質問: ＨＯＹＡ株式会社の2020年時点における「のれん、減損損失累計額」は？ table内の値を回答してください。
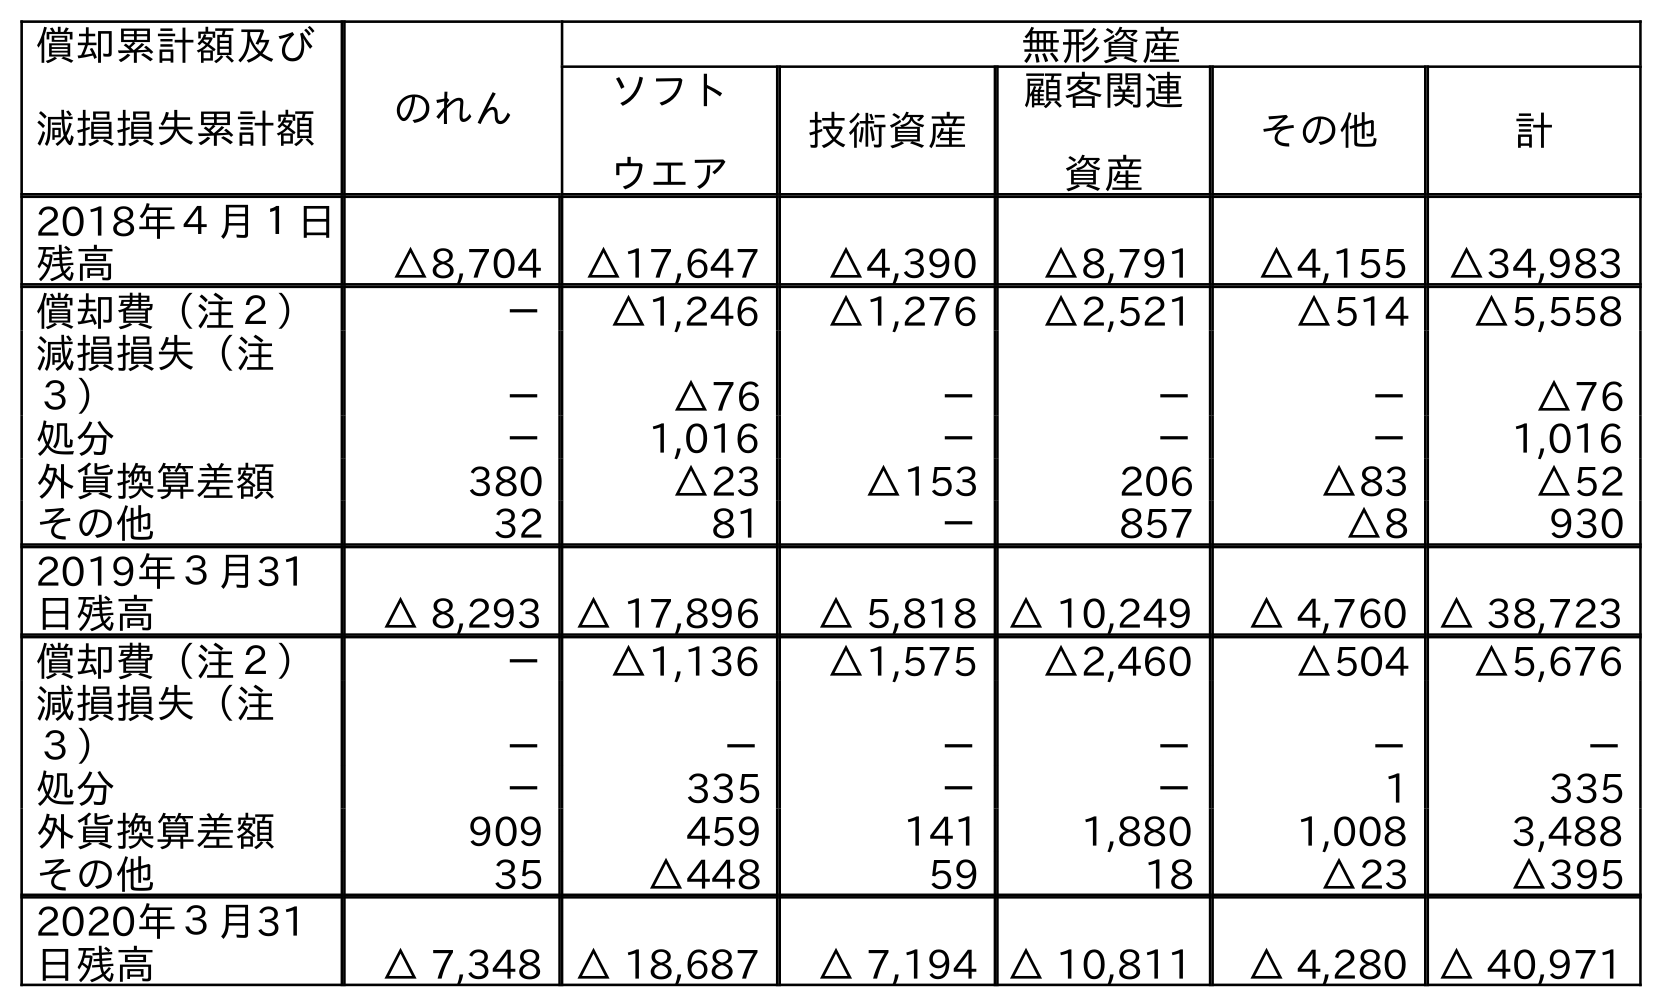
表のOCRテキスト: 償却累計額及び 減損損失累計額 のれん 無形資産 ソフト ウエア 技術資産 顧客関連 資産 その他 計 2018年４月１日 残高 △8,704 △17,647 △4,390 △8,791 △4,155 △34,983 償却費（注２） － △1,246 △1,276 △2,521 △514 △5,558 減損損失（注 ３） － △76 － － － △76 処分 － 1,016 － － － 1,016 外貨換算差額 380 △23 △153 206 △83 △52 その他 32 81 － 857 △8 930 2019年３月31 日残高 △ 8,293 △ 17,896 △ 5,818 △ 10,249 △ 4,760 △ 38,723 償却費（注２） － △1,136 △1,575 △2,460 △504 △5,676 減損損失（注 ３） － － － － － － 処分 － 335 － － 1 335 外貨換算差額 909 459 141 1,880 1,008 3,488 その他 35 △448 59 18 △23 △395 2020年３月31 日残高 △ 7,348 △ 18,687 △ 7,194 △ 10,811 △ 4,280 △ 40,971
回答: △7,348